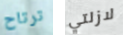
ترتاح لازلتي